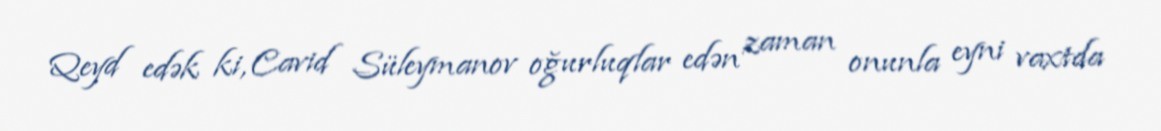
Qeyd edək ki, Cavid Süleymanov oğurluqlar edən zaman onunla eyni vaxtda